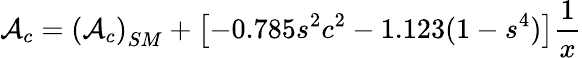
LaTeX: {\cal A}_{c}=\left({\cal A}_{c}\right)_{SM}+\left[-0.785s^{2}c^{2}-1.123(1-s^{4})\right]{\frac{1}{x}}